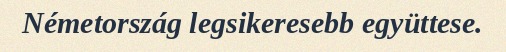
Németország legsikeresebb együttese.